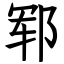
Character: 郓